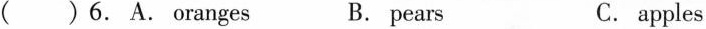
( ) 6.A. Oranges B. pears C. apples